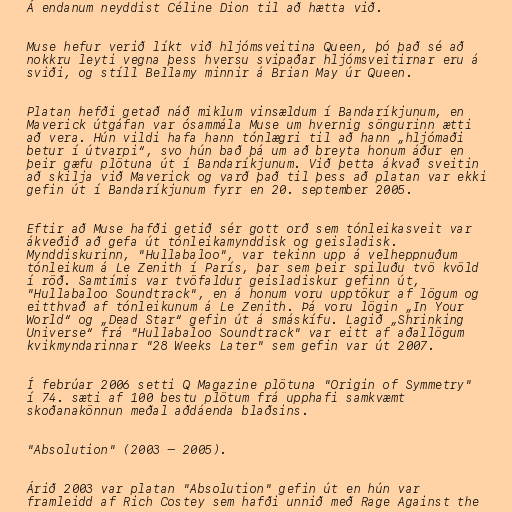
Á endanum neyddist Céline Dion til að hætta við.

Muse hefur verið líkt við hljómsveitina Queen, þó það sé að
nokkru leyti vegna þess hversu svipaðar hljómsveitirnar eru á
sviði, og stíll Bellamy minnir á Brian May úr Queen.

Platan hefði getað náð miklum vinsældum í Bandaríkjunum, en
Maverick útgáfan var ósammála Muse um hvernig söngurinn ætti
að vera. Hún vildi hafa hann tónlægri til að hann „hljómaði
betur í útvarpi“, svo hún bað þá um að breyta honum áður en
þeir gæfu plötuna út í Bandaríkjunum. Við þetta ákvað sveitin
að skilja við Maverick og varð það til þess að platan var ekki
gefin út í Bandaríkjunum fyrr en 20. september 2005.

Eftir að Muse hafði getið sér gott orð sem tónleikasveit var
ákveðið að gefa út tónleikamynddisk og geisladisk.
Mynddiskurinn, "Hullabaloo", var tekinn upp á velheppnuðum
tónleikum á Le Zenith í París, þar sem þeir spiluðu tvö kvöld
í röð. Samtímis var tvöfaldur geisladiskur gefinn út,
"Hullabaloo Soundtrack", en á honum voru upptökur af lögum og
eitthvað af tónleikunum á Le Zenith. Þá voru lögin „In Your
World“ og „Dead Star“ gefin út á smáskífu. Lagið „Shrinking
Universe“ frá "Hullabaloo Soundtrack" var eitt af aðallögum
kvikmyndarinnar "28 Weeks Later" sem gefin var út 2007.

Í febrúar 2006 setti Q Magazine plötuna "Origin of Symmetry"
í 74. sæti af 100 bestu plötum frá upphafi samkvæmt
skoðanakönnun meðal aðdáenda blaðsins.

"Absolution" (2003 – 2005).

Árið 2003 var platan "Absolution" gefin út en hún var
framleidd af Rich Costey sem hafði unnið með Rage Against the